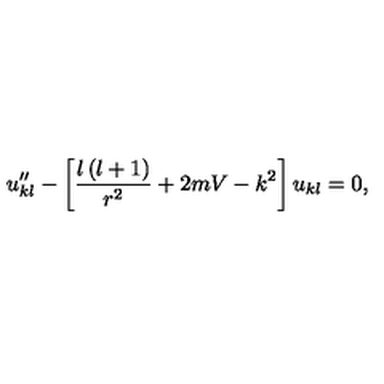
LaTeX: u _ { k l } ^ { \prime \prime } - \left[ \frac { l \left( l + 1 \right) } { r ^ { 2 } } + 2 m V - k ^ { 2 } \right] u _ { k l } = 0 ,